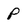
Character: P